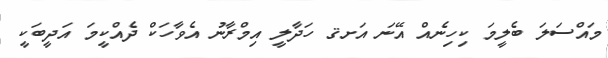
މައްސަލަ ބެލީމަ ކިހިނެއް އޭނަ އަށޤ ހަދާލީ އިމްރާނު އެވާހަކް ދެއްކީމަ އަދީބަކީ